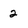
Character: 2